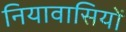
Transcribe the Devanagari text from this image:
नियावासियों